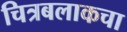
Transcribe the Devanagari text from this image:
चित्रबलाकचा